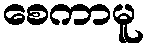
စေကာမူ